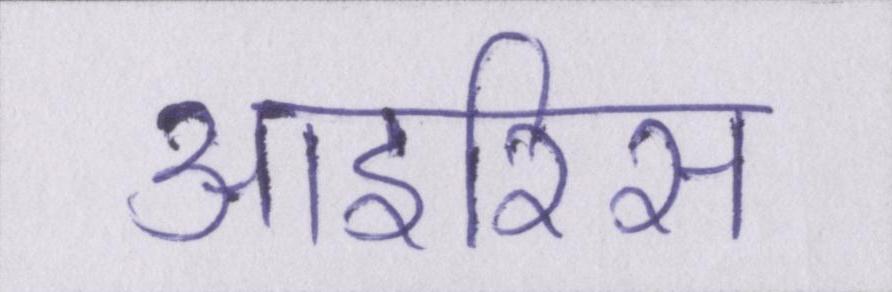
आइरिस